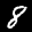
Label: 8